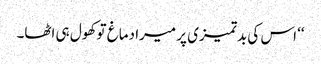
‘‘ اس کی بدتمیزی پر میرا دماغ تو کھول ہی اٹھا۔